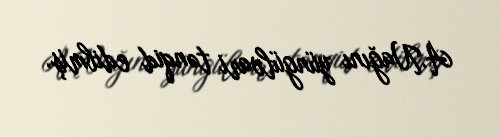
A.Nağını yüngülvari tənqid edibmiş.